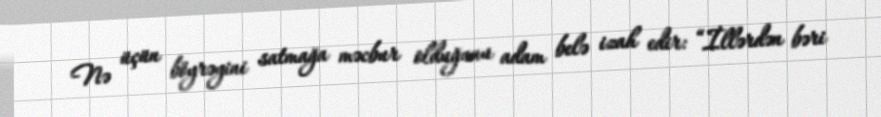
Nə üçün böyrəyini satmağa məcbur olduğunu adam belə izah edir: “İllərdən bəri